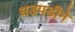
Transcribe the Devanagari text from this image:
धडपडीने